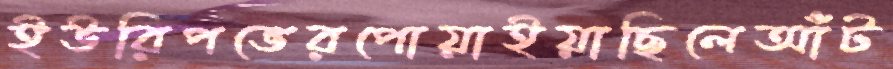
ইউরিপভেরপোয়াইয়াছিলেআঁট